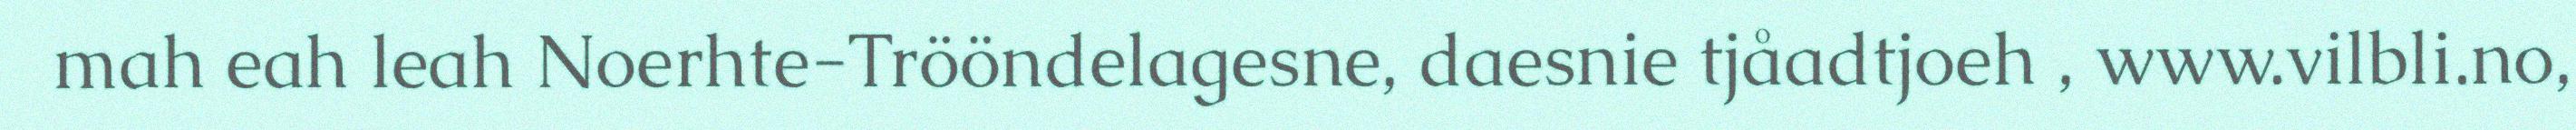
mah eah leah Noerhte-Trööndelagesne, daesnie tjåadtjoeh , www.vilbli.no,